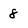
Character: 8